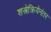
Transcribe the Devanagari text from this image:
शस्त्रेक्रियेनंतर